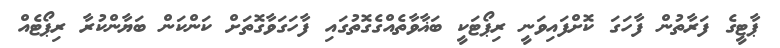
ޕާޓީގެ ފަރާތުން ފާހަގަ ކޮށްފައިވަނީ ރިޕޯޓަކީ ބަޣާވާތެއްގެގޮތުގައި ފާހަގަވާގޮތަށް ކަންކަން ބަޔާންކުރާ ރިޕޯޓެއް